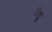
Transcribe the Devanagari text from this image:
॥ध्रु